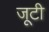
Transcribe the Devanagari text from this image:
जूटी